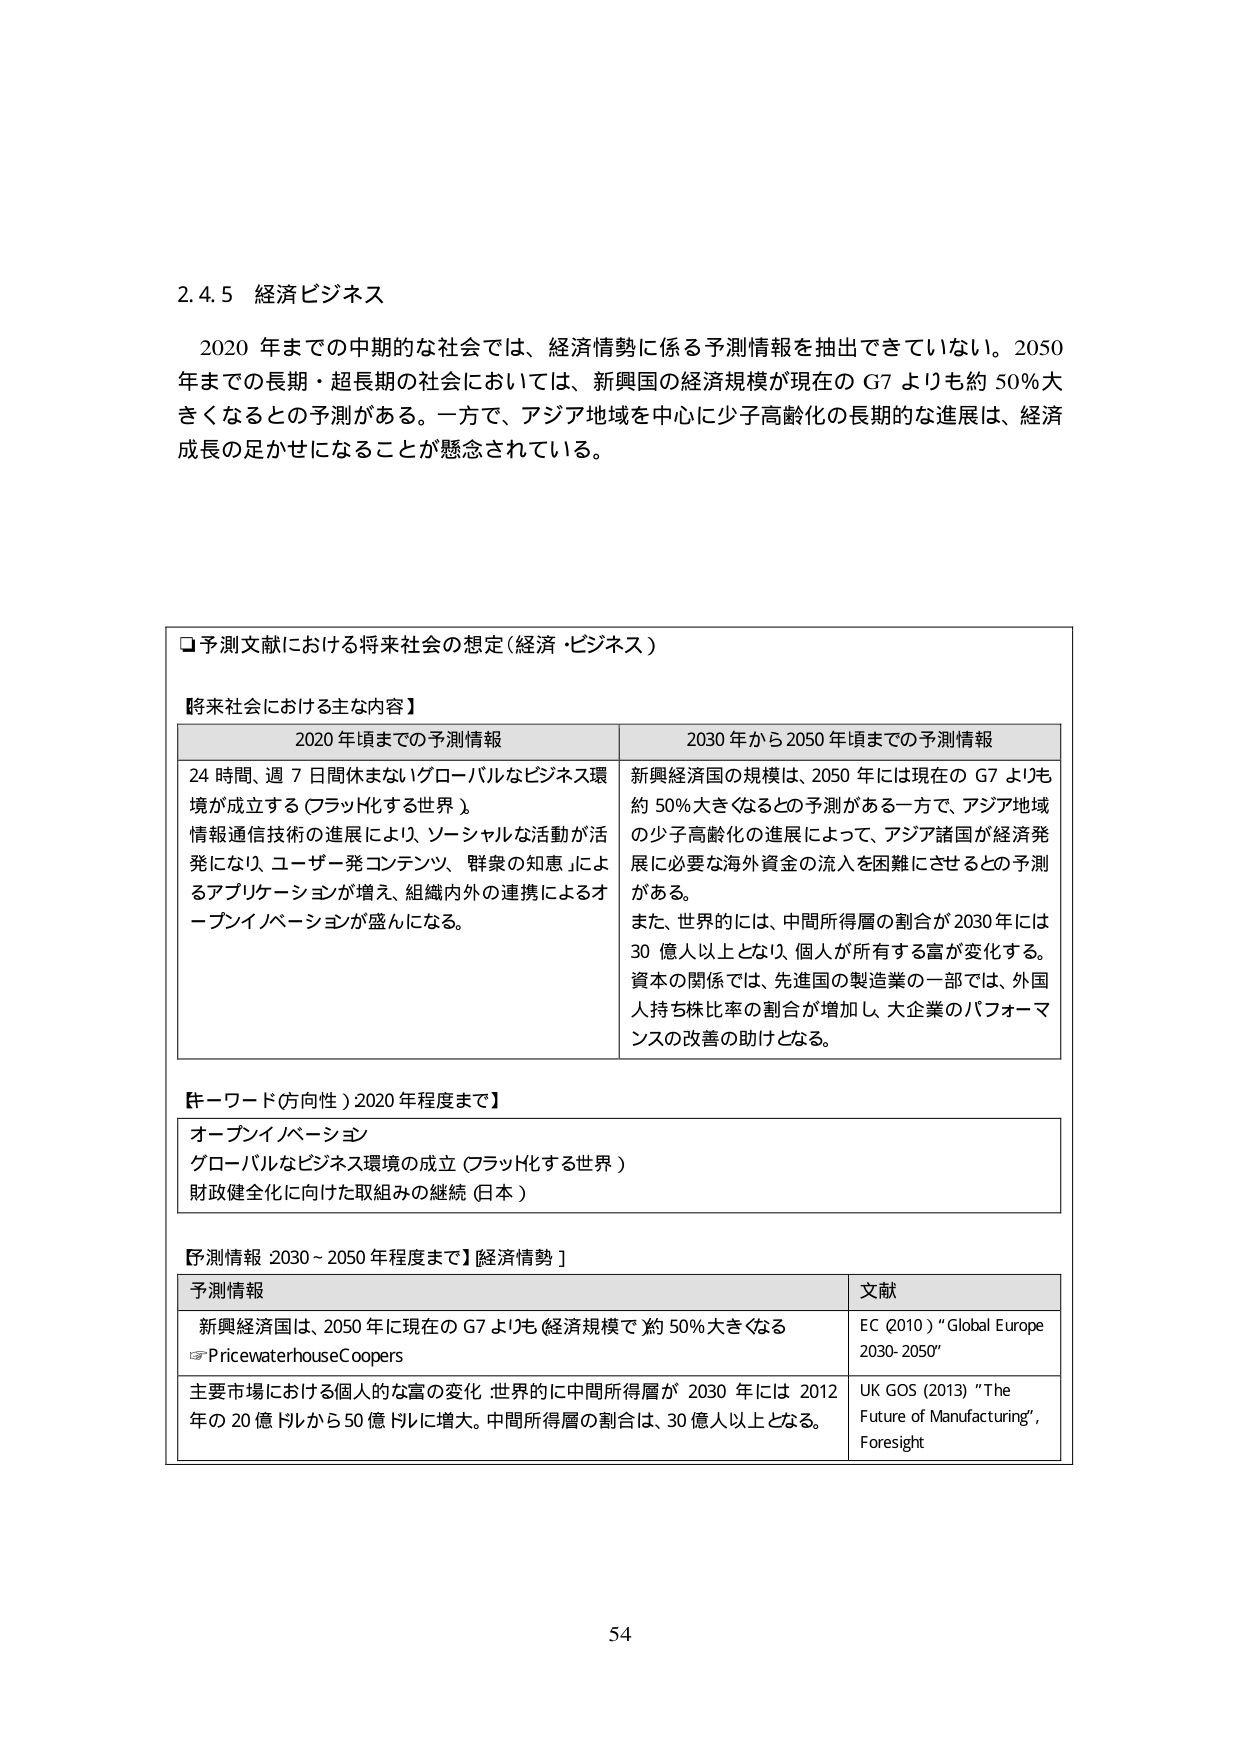
2.4.5 経済ビジネス

2020 年までの中期的な社会では、経済情勢に係る予測情報を抽出できていない。2050 年までの長期・超長期の社会においては、新興国の経済規模が現在の G7 よりも約 50% 大きくなるとの予測がある。一方で、アジア地域を中心に少子高齢化の長期的な進展は、経済成長の足かせになることが懸念されている。

□予測文献における将来社会の想定（経済・ビジネス）

【将来社会における主な内容】

2020 年頃までの予測情報 2030 年から 2050 年頃までの予測情報

24 時間、週 7 日間休まないグローバルなビジネス環境が成立する（フラット化する世界）。情報通信技術の進展により、ソーシャルな活動が活発になり、ユーザー発コンテンツ、群衆の知恵によるアプリケーションが増え、組織内外の連携によるオープンイノベーションが盛んになる。

新興経済国の規模は、2050 年には現在の G7 よりも約 50% 大きくなるとの予測がある一方で、アジア地域の少子高齢化の進展によって、アジア諸国が経済発展に必要な海外資金の流入を困難にさせるとの予測がある。

また、世界的には、中間所得層の割合が 2030 年には 30 億人以上となり、個人が所有する富が変化する。資本の関係では、先進国の製造業の一部では、外国人持ち株比率の割合が増加し、大企業のパフォーマンスの改善の助けとなる。

【キーワード（方向性）2020 年程度まで】

オープンイノベーション
グローバルなビジネス環境の成立（フラット化する世界）
財政健全化に向けた取組みの継続（日本）

【予測情報 2030 - 2050 年程度まで】[経済情勢]

予測情報 文献

新興経済国は、2050 年に現在の G7 よりも経済規模で約 50% 大きくなる
PricewaterhouseCoopers EC (2010) "Global Europe 2030-2050"

主要市場における個人的な富の変化 世界的に中間所得層が 2030 年には 2012 年の 20 億人から 50 億人以上に増大。中間所得層の割合は、30 億人以上となる。
UK GOS (2013) "The Future of Manufacturing", Foresight

54